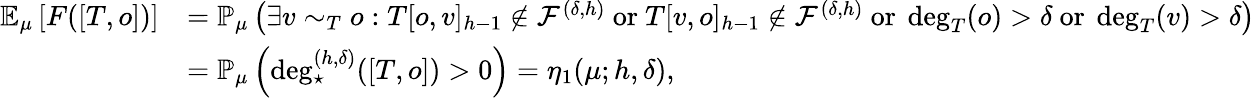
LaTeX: \begin{array}{rl}{\mathbb{E}_{\mu}\left[F([T,o])\right]}&{=\mathbb{P}_{\mu}\left(\exists v\sim_{T}o:T[o,v]_{h-1}\notin\mathcal{F}^{(\delta,h)}\mathrm{~or~}T[v,o]_{h-1}\notin\mathcal{F}^{(\delta,h)}\mathrm{~or~}\deg_{T}(o)>\delta\mathrm{~or~}\deg_{T}(v)>\delta\right)}\\ &{=\mathbb{P}_{\mu}\left(\deg_{\star}^{(h,\delta)}([T,o])>0\right)=\eta_{1}(\mu;h,\delta),}\end{array}